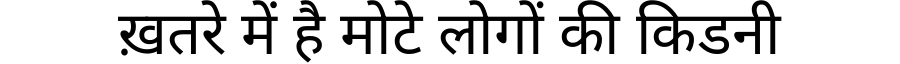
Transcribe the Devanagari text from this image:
ख़तरे में है मोटे लोगों की किडनी